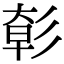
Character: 㣏